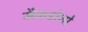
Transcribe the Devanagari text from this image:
मैकडोनो